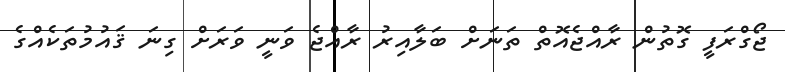
ޖޯގްރަފީ ގޮތުން ރާއްޖެއޮތް ތަނަށް ބަލާއިރު ރާއްޖެ ވަނީ ވަރަށް ގިނަ ޤައުމުތަކެއްގެ